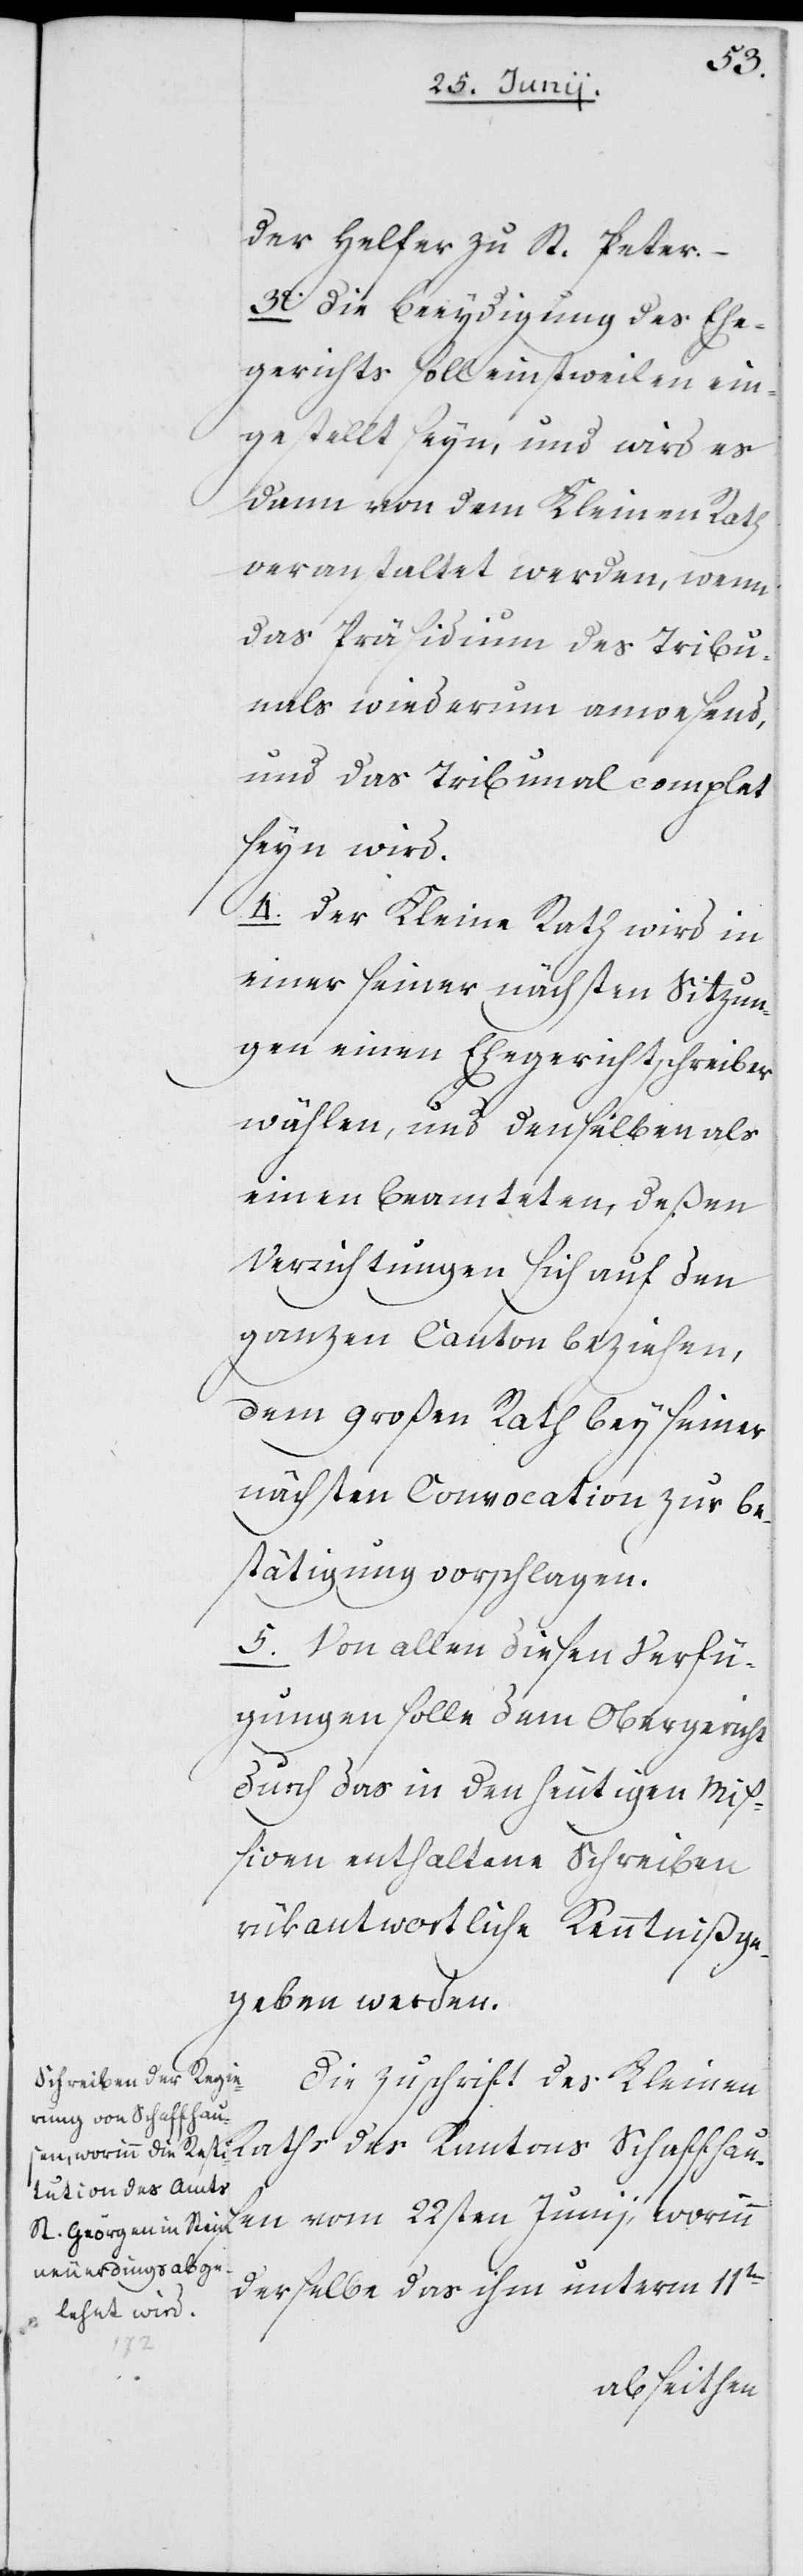
der Helfer zu St. Peter.
3. Die Beeydigung des Ehe¬
gerichts soll einstweilen ein¬
gestellt seyn, und wird es
dann von dem Kleinen Rath
veranstaltet werden, wenn
das Präsidium des Tribu¬
nals wiederum anwesend,
und das Tribunal complet
seyn wird.
4. Der Kleine Rath wird in
einer seiner nächsten Sizun¬
gen einen Ehegerichtschreiber
wählen, und denselben als
einen Beamteten, deßen
Verrichtungen sich auf den
ganzen Canton beziehen,
dem großen Rath bey seiner
nächsten Convocation zur Be¬
stätigung vorschlagen.
5. Von allen diesen Verfü¬
gungen solle dem Obergericht
durch das in den heutigen Miß¬
iven enthaltene Schreiben
rükantwortliche Kenntniß ge¬
geben werden.
Die Zuschrift des Kleinen
Raths des Kantons Schaffhaus¬
en vom 22sten Junii, worinn
derselbe das ihm unterm 11ten